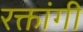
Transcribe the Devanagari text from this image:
रक्तांगी